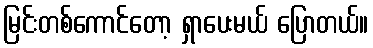
မြင်းတစ်ကောင်တော့ ရှာပေးမယ် ပြောတယ်။